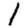
Digit: 1